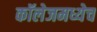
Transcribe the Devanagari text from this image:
कॉलेजमध्येच